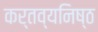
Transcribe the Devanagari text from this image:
कर्तव्‍यनिष्‍ठ